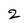
Character: 2